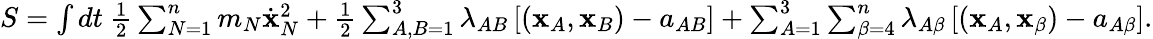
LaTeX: \begin{array}{r}{S=\int dt~\frac 12\sum_{N=1}^{n}m_{N}\dot{\mathbf x}_{N}^{2}+\frac 12\sum_{A,B=1}^{3}\lambda_{AB}\left[({\mathbf x}_{A},{\mathbf x}_{B})-a_{AB}\right]+\sum_{A=1}^{3}\sum_{\beta=4}^{n}\lambda_{A\beta}\left[({\mathbf x}_{A},{\mathbf x}_{\beta})-a_{A\beta}\right].}\end{array}